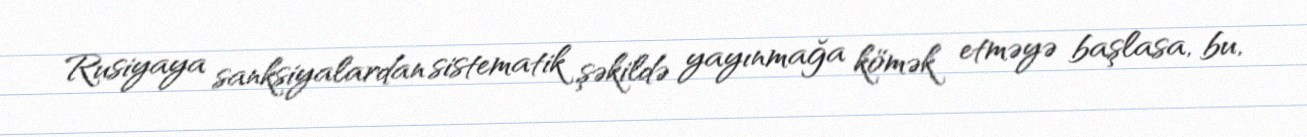
Rusiyaya sanksiyalardan sistematik şəkildə yayınmağa kömək etməyə başlasa, bu,